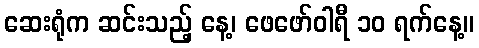
ဆေးရုံက ဆင်းသည့် နေ့၊ ဖေဖော်ဝါရီ ၁၀ ရက်နေ့။